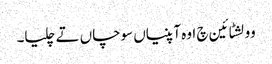
وولشٹائین چ اوہ آپنیاں سوچاں تے چلیا۔